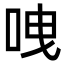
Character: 㖂